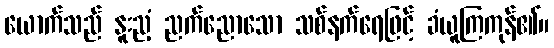
ယောက်သည် နူးညံ့ ညက်ညောသော သစ်နက်ရေဖြင့် ခံယူကြကုန်၏။